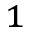
^ { 1 }